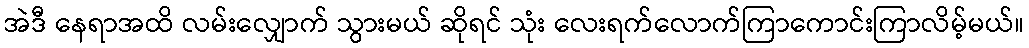
အဲဒီ နေရာအထိ လမ်းလျှောက် သွားမယ် ဆိုရင် သုံး လေးရက်လောက်ကြာကောင်းကြာလိမ့်မယ်။